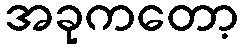
အခုကတော့